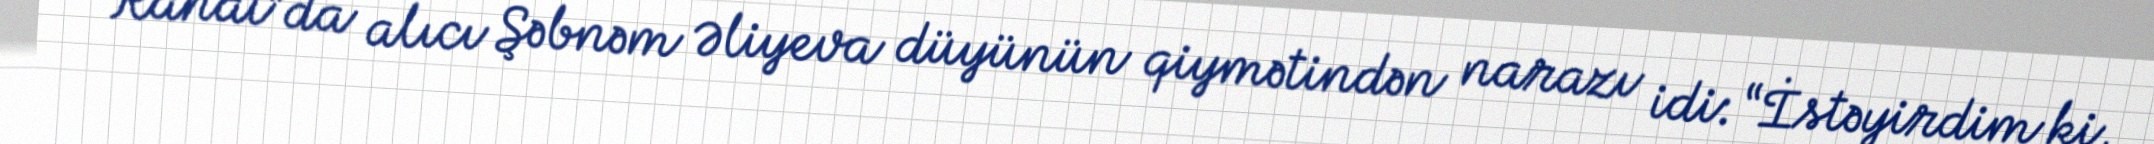
“Rahat”da alıcı Şəbnəm Əliyeva düyünün qiymətindən narazı idi: “İstəyirdim ki,